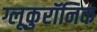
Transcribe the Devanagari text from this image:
ग्लूकुरॉनिक